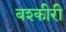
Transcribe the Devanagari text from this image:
बश्कीरी